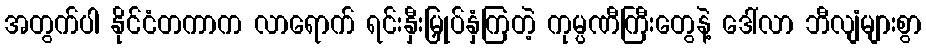
အတွက်ပါ နိုင်ငံတကာက လာရောက် ရင်းနှီးမြှုပ်နှံကြတဲ့ ကုမ္ပဏီကြီးတွေနဲ့ ဒေါ်လာ ဘီလျံများစွာ